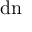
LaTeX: \, \mathrm { { d n } }